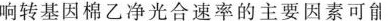
响转基因棉乙净光合速率的主要因素可能